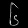
Digit: ၆